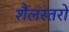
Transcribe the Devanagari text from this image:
शैलस्तरों